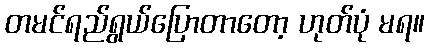
တမင်ရည်ရွယ်ပြောတာတော့ ဟုတ်ပုံ မရ။